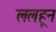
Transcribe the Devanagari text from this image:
ललहून